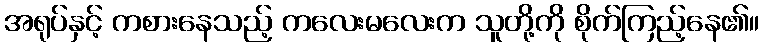
အရုပ်နှင့် ကစားနေသည့် ကလေးမလေးက သူတို့ကို စိုက်ကြည့်နေ၏။